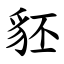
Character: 豾